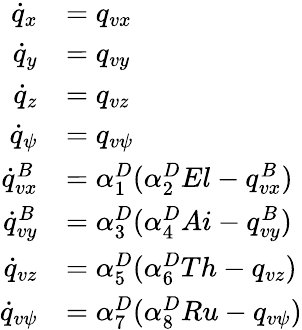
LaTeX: \begin{array}{rl}{\dot{q}_{x}}&{=q_{vx}}\\ {\dot{q}_{y}}&{=q_{vy}}\\ {\dot{q}_{z}}&{=q_{vz}}\\ {\dot{q}_{\psi}}&{=q_{v\psi}}\\ {\dot{q}_{vx}^{B}}&{=\alpha_{1}^{D}(\alpha_{2}^{D}El-q_{vx}^{B})}\\ {\dot{q}_{vy}^{B}}&{=\alpha_{3}^{D}(\alpha_{4}^{D}Ai-q_{vy}^{B})}\\ {\dot{q}_{vz}}&{=\alpha_{5}^{D}(\alpha_{6}^{D}Th-q_{vz})}\\ {\dot{q}_{v\psi}}&{=\alpha_{7}^{D}(\alpha_{8}^{D}Ru-q_{v\psi})}\end{array}